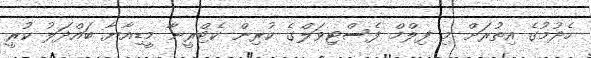
ހެދުމުގެ އިތުރަށް މި ފިލްމް ފެސްޓިވަލްގެ ކުރިން ކެޓްރީނާ މީޑިއާޔާ ބައްދަލު ކުރީ